Medical and sanitary report of the native army of Bengal for the year
Year: 1877
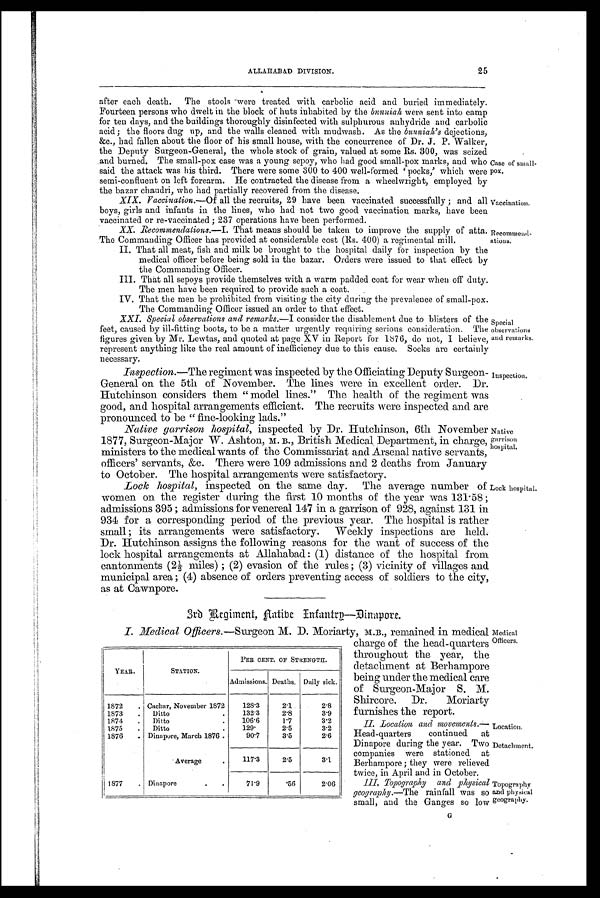
Vaccination.
Recommend-
ations.
Special
observations
and remarks.
Inspection.
Native
garrison
hospital.
Lock hospital.
MedicalOfficers.
Location.
Detachment.
Topography
and physical
geography.
25
ALLAHABAD DIVISION.
after each death. The stools were treated with carbolic acid and buried immediately.
Fourteen persons who dwelt in the block of huts inhabited by the bunniah were sent into camp
for ten days, and the buildings thoroughly disinfected with sulphurous anhydride and carbolic
acid; the floors dug up, and the walls cleaned with mudwash. As the bunniah's dejections,
&c., had fallen about the floor of his small house, with the concurrence of Dr. J. P. Walker,
the Deputy Surgeon-General, the whole stock of grain, valued at some Rs. 300, was seized
and burned. The small-pox case was a young sepoy, who had good small-pox marks, and who
said the attack was his third. There were some 300 to 400 well-formed 'pocks,' which were
semi-confluent on left forearm. He contracted the disease from a wheelwright, employed by
the bazar chaudri, who had partially recovered from the disease.
XIX. vaccination.—Of all the recruits,29 have been vaccinated successfully; and all
boys, girls and infants in the lines, who had not two good vaccination marks, have been
vaccinated or re-vaccinated; 237 operations have been performed.
XX. Recommendations.— I. That means should be taken to improve the supply of atta.
The Commanding Officer has provided at considerable cost (Rs. 400) a regimental mill.
II. That all meat, fish and milk be brought to the hospital daily for inspection by the
medical officer before being sold in the bazar. Orders were issued to that effect by
the Commanding Officer.
III. That all sepoys provide themselves with a warm padded coat for wear when off duty.
The men have been required to provide such a coat.
IV. That the men be prohibited from visiting the city during the prevalence of small-pox.
The Commanding Officer issued an order to that effect.
XXI. Special observations and remarks.—I consider the disablement due to blisters of the
feet, caused by ill-fitting boots, to be a matter urgently requiring serious consideration. The
figures given by Mr. Lewtas, and quoted at page XV in Report for 1876, do not, I believe,
represent anything like the real amount of inefficiency due to this cause. Socks are certainly
necessary.
Inspection.—The regiment was inspected by the Officiating Deputy Surgeon-
General on the 5th of November. The lines were in excellent order. Dr.
Hutchinson considers them "model lines." The health of the regiment was
good, and hospital arrangements efficient. The recruits were inspected and are
pronounced to be "fine-looking lads."
Native garrison hospital, inspected by Dr. Hutchinson, 6th November
1877, Surgeon-Major W. Ashton, M. B. ,
B r i t i s h M e d i c a l , D e p a r t m e n t , i n c h a r g e ,
ministers to the medical wants of the Commissariat and Arsenal native servants,
officers' servants, &c. There were 109 admissions and 2 deaths from January
to October. The hospital arrangements were satisfactory.
Lock hospital, inspected on the same day. The average number of
women on the register during the first 10 months of the year was 131.58;
admissions 395; admissions for venereal 147 in a garrison of 928, against 131 in
934 for a corresponding period of the previous year. The hospital is rather
small; its arrangements were satisfactory. Weekly inspections are held.
Dr. Hutchinson assigns the following reasons for the want of success of the
lock hospital arrangements at Allahabad : (1) distance of the hospital from
c a nt onme nt s ( 2½) mi l e s ) ; ( 2) e va s i on of t he r ul e s ; ( 3) vi c i ni t y of vi l l a ge s a nd
municipal area; (4) absence of orders preventing access of soldiers to the city,
as at Cawnpore.
3rd Regiment. Native Infantry—Dinapore.
Case of small-
pox.
I. Medical Officers.—Surgeon M. D. Moriarty, M.B., remained in medical
charge of the head-quarters
throughout the year, the
detachment at Berhampore
being under the medical care
of Surgeon-Major S. M.
Shircore. Dr. Moriarty
furnishes the report.
II. Location and movements.
— H e a d - q u a r t e r s c o n t i n u e d a t
Dinapore during the year. Two
companies were stationed at
Berhampore; they were relieved
twice, in April and in October.
III, Topography and physical
geography.—The rainfall was so
small, and the Ganges so low
YEAR.
STATION.
PER CENT. OF STRENGTH.
Admissions. Deaths. Daily sick.
1872
. Cachar, November 1872
128.3
2.1
2.8
1873
.
Ditto
.
132.3
2.8
3.9
1874
.
Ditto
.
106.6
1.7
3.2
1875
.
Ditto
.
129.
2.5
3.2
1876
. Dinapore, March 1876 .
90.7
3.5
2.6
Average
.
117.3
2.5
3.1
1877
. Dinapore
.
.
7 1 . 9
.56
2.06